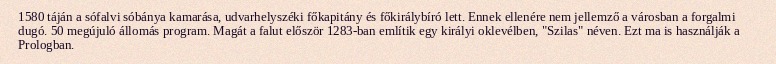
1580 táján a sófalvi sóbánya kamarása, udvarhelyszéki főkapitány és főkirálybíró lett. Ennek ellenére nem jellemző a városban a forgalmi dugó. 50 megújuló állomás program. Magát a falut először 1283-ban említik egy királyi oklevélben, "Szilas" néven. Ezt ma is használják a Prologban.